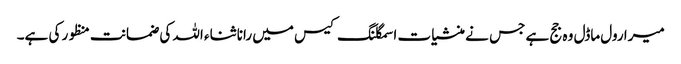
میرا رول ماڈل وہ جج ہے جس نے منشیات اسمگلنگ کیس میں رانا ثناء اللہ کی ضمانت منظور کی ہے۔